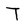
Character: T